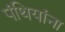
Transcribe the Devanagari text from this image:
पंथियांना